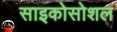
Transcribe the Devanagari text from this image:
साइकोसोशल